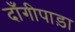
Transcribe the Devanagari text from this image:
दाँगीपाड़ा